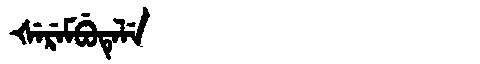
Manchu: ᡧᡝᡵᡝᠮᠪᡠᡨᡝᠯᡝ
Romanization: ŠEREMBUTELE